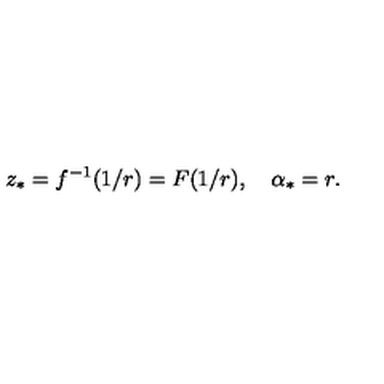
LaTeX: z _ { * } = f ^ { - 1 } ( 1 / r ) = F ( 1 / r ) , \quad \alpha _ { * } = r .